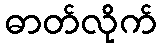
ဓာတ်လိုက်